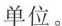
单位。